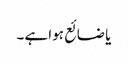
یا ضائع ہوا ہے ۔